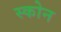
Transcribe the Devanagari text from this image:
स्कोन